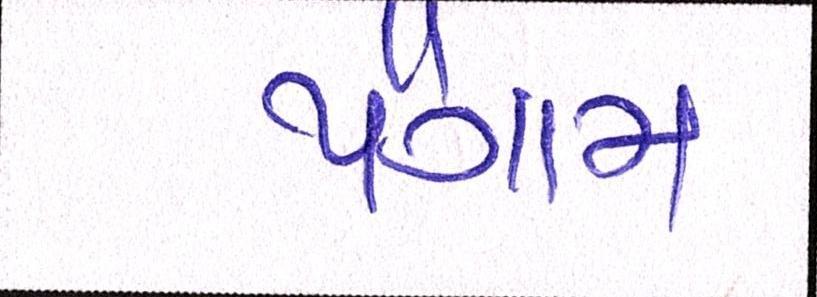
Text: પૈગામ